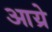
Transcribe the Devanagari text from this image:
आय्रे